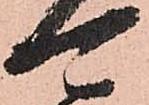
可